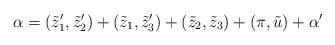
LaTeX: \begin{align*} \alpha=(\tilde{z}'_1,\tilde{z}'_2)+(\tilde{z}_1,\tilde{z}'_3)+ (\tilde{z}_2,\tilde{z}_3)+(\pi, \tilde{u})+\alpha'\end{align*}